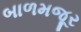
બાળમજૂર